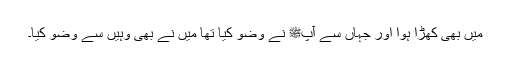
میں بھی کھڑا ہوا اور جہاں سے آپﷺ نے وضو کیا تھا میں نے بھی وہیں سے وضو کیا۔